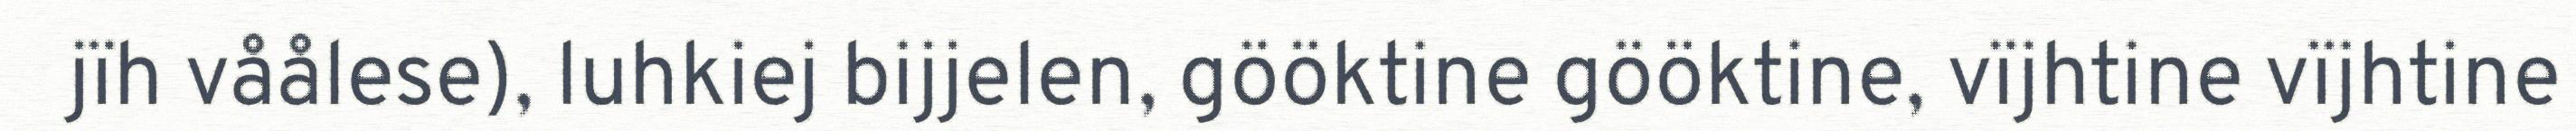
jïh våålese), luhkiej bijjelen, gööktine gööktine, vïjhtine vïjhtine